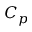
C _ { p }